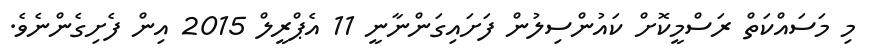
މި މަސައްކަތް ރަސްމީކޮށް ކައުންސިލުން ފަށައިގަންނާނީ 11 އެޕްރީލް 2015 އިން ފެށިގެންނެވެ.